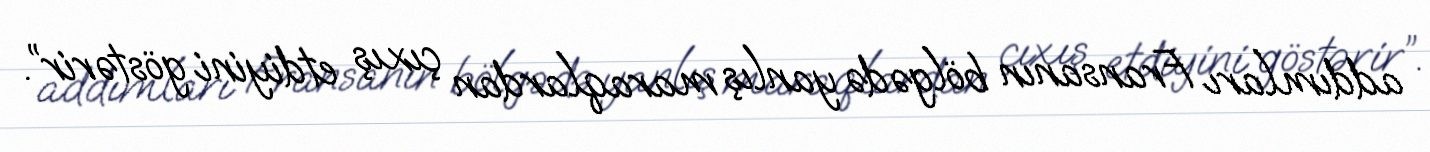
addımları Fransanın bölgədə yanlış maraqlardan çıxış etdiyini göstərir”.